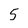
Character: 5